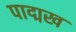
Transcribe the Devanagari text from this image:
पाद्मख